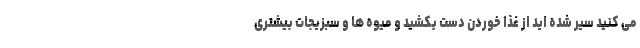
می کنید سیر شده اید از غذا خوردن دست بکشید و میوه ها و سبزیجات بیشتری